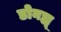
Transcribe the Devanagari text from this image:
डोनह्यू